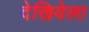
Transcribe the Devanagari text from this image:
देखियेला